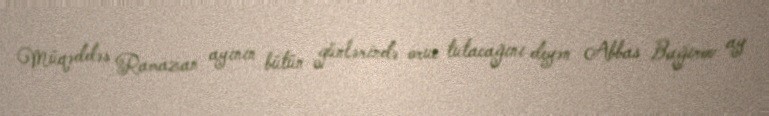
Müqəddəs Ramazan ayının bütün günlərində oruc tutacağını deyən Abbas Bağırov ay